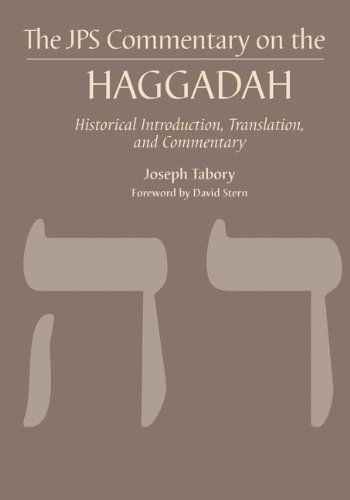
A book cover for The JPS Commentary on the Haggadah: Historical Introduction, Translation, and Commentary (JPS Bible Commentary); Joseph Tabory; Religion & Spirituality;